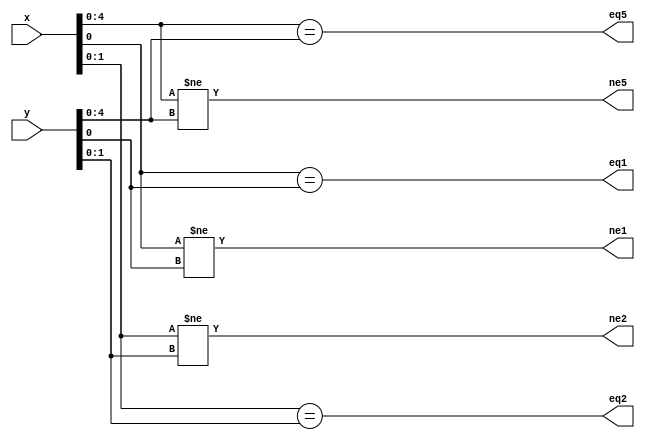

module eqne(output wire eq1, output wire ne1,
	    output wire eq2, output wire ne2,
	    output wire eq5, output wire ne5,
	    input wire [7:0] x, input wire [7:0] y);

   assign 	  eq1 = x[0] == y[0];
   assign 	  ne1 = x[0] != y[0];
   assign 	  eq2 = x[1:0] == y[1:0];
   assign 	  ne2 = x[1:0] != y[1:0];
   assign 	  eq5 = x[4:0] == y[4:0];
   assign 	  ne5 = x[4:0] != y[4:0];

endmodule // eqne